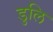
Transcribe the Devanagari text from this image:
डुलि